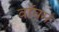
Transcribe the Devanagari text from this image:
वॉघम